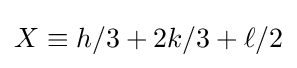
X\equiv h/3+2k/3+\ell /2